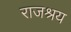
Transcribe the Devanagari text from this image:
राजश्रय